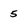
Character: 5